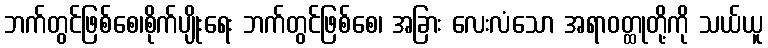
ဘက်တွင်ဖြစ်စေ၊စိုက်ပျိုးရေး ဘက်တွင်ဖြစ်စေ၊ အခြား လေးလံသော အရာဝတ္ထုတို့ကို သယ်ယူ